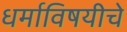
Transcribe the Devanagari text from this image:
धर्माविषयीचे